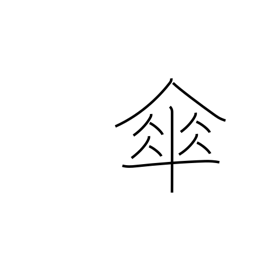
Meaning: umbrella